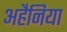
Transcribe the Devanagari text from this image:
अहैनिया